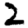
Digit: 2